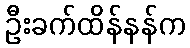
ဦးခက်ထိန်နန်က